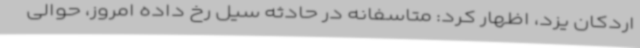
اردکان یزد، اظهار کرد: متاسفانه در حادثه سیل رخ داده امروز، حوالی